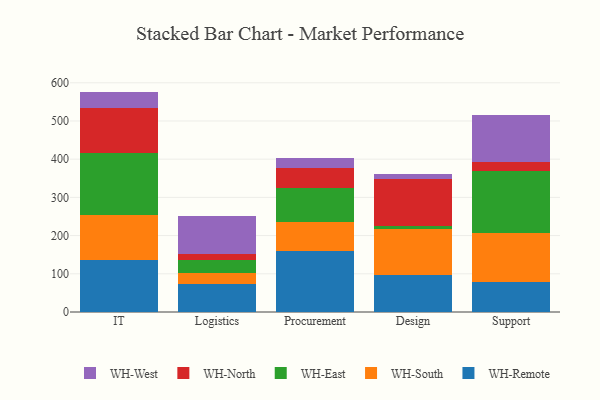
{"axis": {"x": "Department", "y": "Humidity (%)"}, "legend": ["WH-East", "WH-North", "WH-Remote", "WH-South", "WH-West"], "data": [{"x": "IT", "y": 136.4, "type": "WH-Remote"}, {"x": "IT", "y": 117.0, "type": "WH-South"}, {"x": "IT", "y": 164.0, "type": "WH-East"}, {"x": "IT", "y": 115.6, "type": "WH-North"}, {"x": "IT", "y": 43.9, "type": "WH-West"}, {"x": "Logistics", "y": 73.3, "type": "WH-Remote"}, {"x": "Logistics", "y": 29.2, "type": "WH-South"}, {"x": "Logistics", "y": 32.8, "type": "WH-East"}, {"x": "Logistics", "y": 15.7, "type": "WH-North"}, {"x": "Logistics", "y": 99.5, "type": "WH-West"}, {"x": "Procurement", "y": 158.8, "type": "WH-Remote"}, {"x": "Procurement", "y": 75.9, "type": "WH-South"}, {"x": "Procurement", "y": 89.5, "type": "WH-East"}, {"x": "Procurement", "y": 53.5, "type": "WH-North"}, {"x": "Procurement", "y": 24.4, "type": "WH-West"}, {"x": "Design", "y": 95.9, "type": "WH-Remote"}, {"x": "Design", "y": 121.8, "type": "WH-South"}, {"x": "Design", "y": 7.2, "type": "WH-East"}, {"x": "Design", "y": 122.0, "type": "WH-North"}, {"x": "Design", "y": 14.1, "type": "WH-West"}, {"x": "Support", "y": 78.6, "type": "WH-Remote"}, {"x": "Support", "y": 127.6, "type": "WH-South"}, {"x": "Support", "y": 162.5, "type": "WH-East"}, {"x": "Support", "y": 24.4, "type": "WH-North"}, {"x": "Support", "y": 121.8, "type": "WH-West"}]}